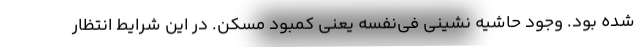
شده بود. وجود حاشیه نشینی فی‌نفسه یعنی کمبود مسکن. در این شرایط انتظار